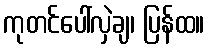
ကုတင်ပေါ်လှဲချ၊ ပြန်ထ။